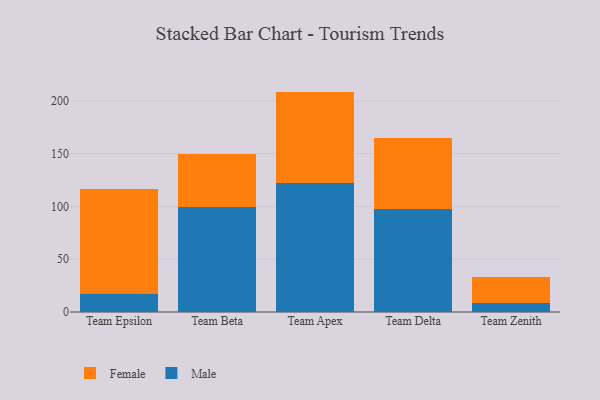
{"axis": {"x": "Team", "y": "Population (Million)"}, "legend": ["Female", "Male"], "data": [{"x": "Team Epsilon", "y": 17.1, "type": "Male"}, {"x": "Team Epsilon", "y": 99.1, "type": "Female"}, {"x": "Team Beta", "y": 99.9, "type": "Male"}, {"x": "Team Beta", "y": 50.1, "type": "Female"}, {"x": "Team Apex", "y": 122.5, "type": "Male"}, {"x": "Team Apex", "y": 86.4, "type": "Female"}, {"x": "Team Delta", "y": 98.0, "type": "Male"}, {"x": "Team Delta", "y": 67.2, "type": "Female"}, {"x": "Team Zenith", "y": 8.8, "type": "Male"}, {"x": "Team Zenith", "y": 24.6, "type": "Female"}]}